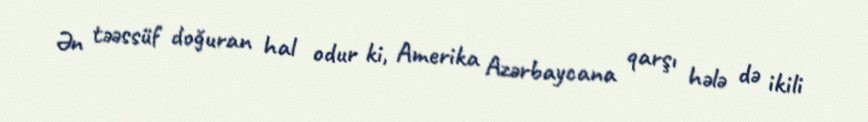
Ən təəssüf doğuran hal odur ki, Amerika Azərbaycana qarşı hələ də ikili